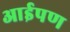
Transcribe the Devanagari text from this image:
आईपण